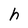
Character: h